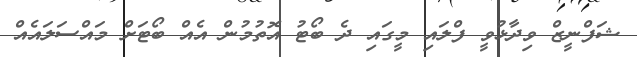
ޝަފްނީޒް ވިދާޅުވީ ފްލައި މީގައި ދެ ބޯޓު އޮތުމުން އެއް ބޯޓަށް މައްސަލައެއް